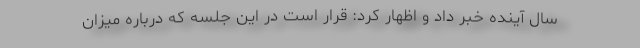
سال آینده خبر داد و اظهار کرد: قرار است در این جلسه که درباره میزان